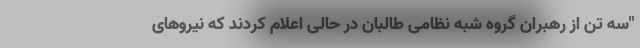
"سه تن از رهبران گروه شبه نظامی طالبان در حالی اعلام کردند که نیروهای